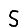
Digit: 5